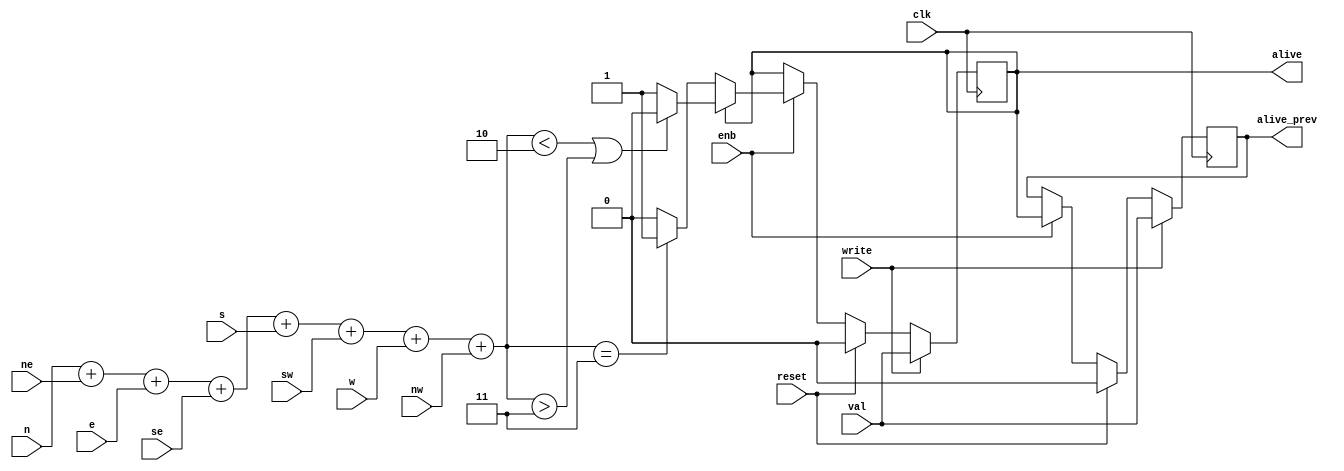
//-----------------------------------------------------------------------------
// Title         : life_cell
// Project       : TSP - Tiled Spatial Processing
//-----------------------------------------------------------------------------
// Modified by   : Greg Flynn
//-----------------------------------------------------------------------------
// Description :
// Basic cell for calculating next state in Conway's Life
//------------------------------------------------------------------------------
// Modification history :
// 05.03.2013 : created
// 06.19.2015 : added in scan feature
//-----------------------------------------------------------------------------


module life_cell(input clk,
                        reset,
                        n,
                        ne,
                        e,
                        se,
                        s,
                        sw,
                        w,
                        nw,
                        write, // enable writing
                        val, // to set the cell to a certain value
                        enb, // enable the cell to come to life
		                output reg alive,
                        output reg alive_prev
		                );

    wire [3:0] 		neighbor_count;
    reg 				alive_next;
    reg                 alive_next_prev; // this is the next value of the previous state

    assign 		neighbor_count = n + ne + e + se + s + sw + w + nw;

    always @(posedge clk) begin 
		if (write) begin
			alive <= val;
                	alive_prev <= val;
				end
		else if (reset) begin
			alive <= 0;
                	alive_prev <= 0;
				end
			
		else begin
            alive <= alive_next;
            alive_prev <= alive_next_prev;
        end
	end
	
	always @* begin
		if (enb) begin
		        alive_next_prev = alive;
				if (alive)
					if (neighbor_count < 2 || neighbor_count > 3 ) alive_next = 0;
					else alive_next = 1;
				else if (neighbor_count == 3) alive_next = 1;
				else alive_next = 0;
		end
		else begin
		    alive_next = alive;
		    alive_next_prev = alive_prev;
		end
	end

endmodule // life_cell